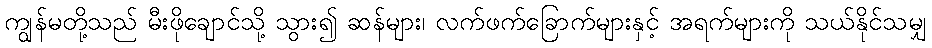
ကျွန်မတို့သည် မီးဖိုချောင်သို့ သွား၍ ဆန်များ၊ လက်ဖက်ခြောက်များနှင့် အရက်များကို သယ်နိုင်သမျှ